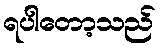
ရပါတော့သည်